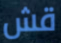
قش